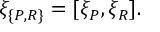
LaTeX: \xi _ { \{ P , R \} } = [ \xi _ { P } , \xi _ { R } ] .